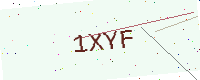
Text: 1XYF